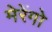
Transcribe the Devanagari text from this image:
मेरेंगो